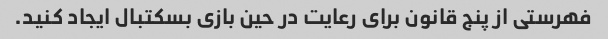
فهرستی از پنج قانون برای رعایت در حین بازی بسکتبال ایجاد کنید.